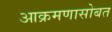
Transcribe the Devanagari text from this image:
आक्रमणासोबत